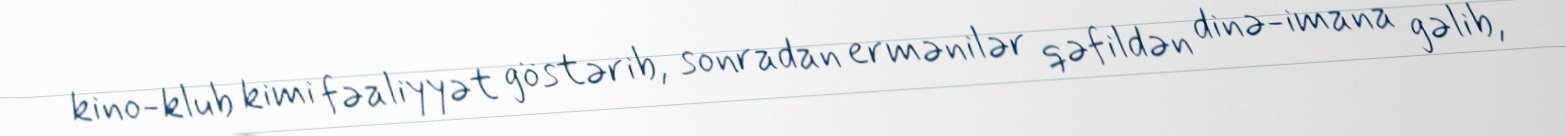
kino-klub kimi fəaliyyət göstərib, sonradan ermənilər qəfildən dinə-imana gəlib,